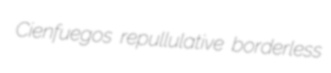
Cienfuegos repullulative borderless